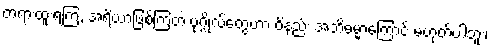
တရားထူးရကြ, အရိယာဖြစ်ကြတဲ့ ပုဂ္ဂိုလ်တွေဟာ ဝိနည်း အဘိဓမ္မာကြောင့် မဟုတ်ပါဘူး၊